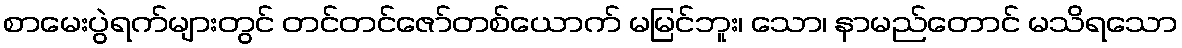
စာမေးပွဲရက်များတွင် တင်တင်ဇော်တစ်ယောက် မမြင်ဘူး၊ သော၊ နာမည်တောင် မသိရသော